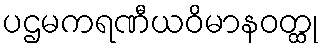
ပဌမကရဏီယဝိမာနဝတ္ထု